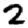
Digit: 2